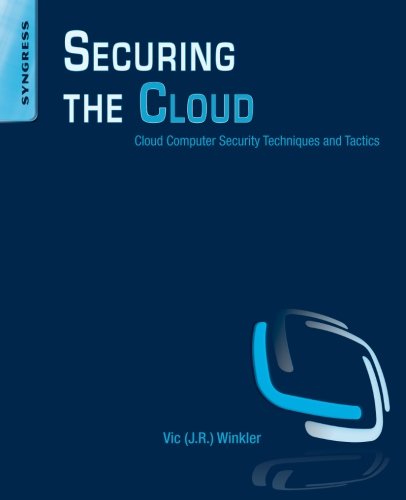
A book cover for Securing the Cloud: Cloud Computer Security Techniques and Tactics; Vic (J.R.) Winkler; Computers & Technology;